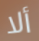
ألا